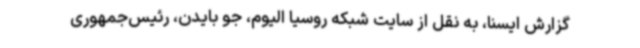
گزارش ایسنا، به نقل از سایت شبکه روسیا الیوم، جو بایدن، رئیس‌جمهوری